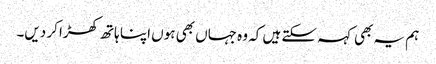
ہم یہ بھی کہہ سکتے ہیں کہ وہ جہاں بھی ہوں اپنا ہاتھ کھڑا کر دیں۔